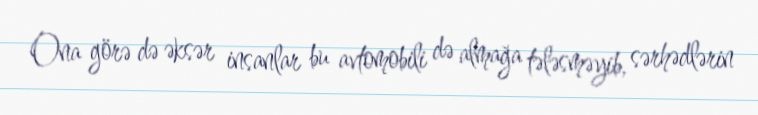
Ona görə də əksər insanlar bu avtomobili də almağa tələsməyib, sərhədlərin